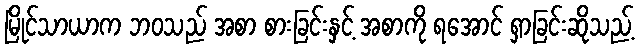
မြိုင်သာယာက ဘဝသည် အစာ စားခြင်းနှင့် အစာကို ရအောင် ရှာခြင်းဆိုသည့်